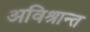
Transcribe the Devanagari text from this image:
अविश्रान्त